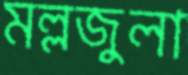
মল্লজুলা